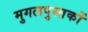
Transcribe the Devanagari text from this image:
मुगलपुस्तकों